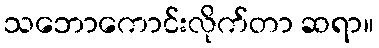
သဘောကောင်းလိုက်တာ ဆရာ။